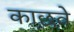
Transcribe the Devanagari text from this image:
काछवे